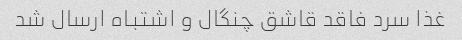
غذا سرد فاقد قاشق چنگال و اشتباه ارسال شد